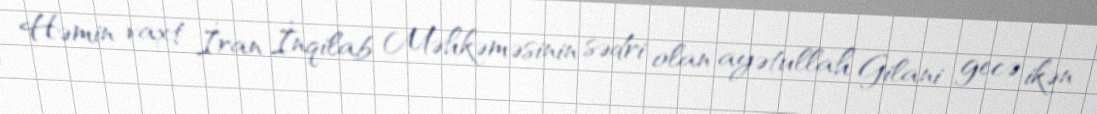
Həmin vaxt İran İnqilab Məhkəməsinin sədri olan ayətullah Gilani gecə ikən